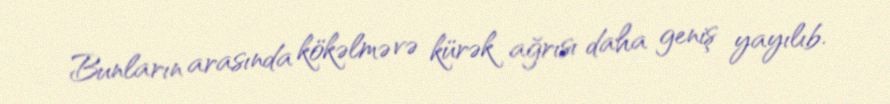
Bunların arasında kökəlmə və kürək ağrısı daha geniş yayılıb.